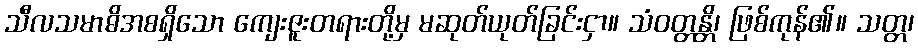
သီလသမာဓိအစရှိသော ကျေးဇူးတရားတို့မှ မဆုတ်ယုတ်ခြင်းငှာ။ သံဝတ္တန္တိ၊ ဖြစ်ကုန်၏။ သတ္တ၊